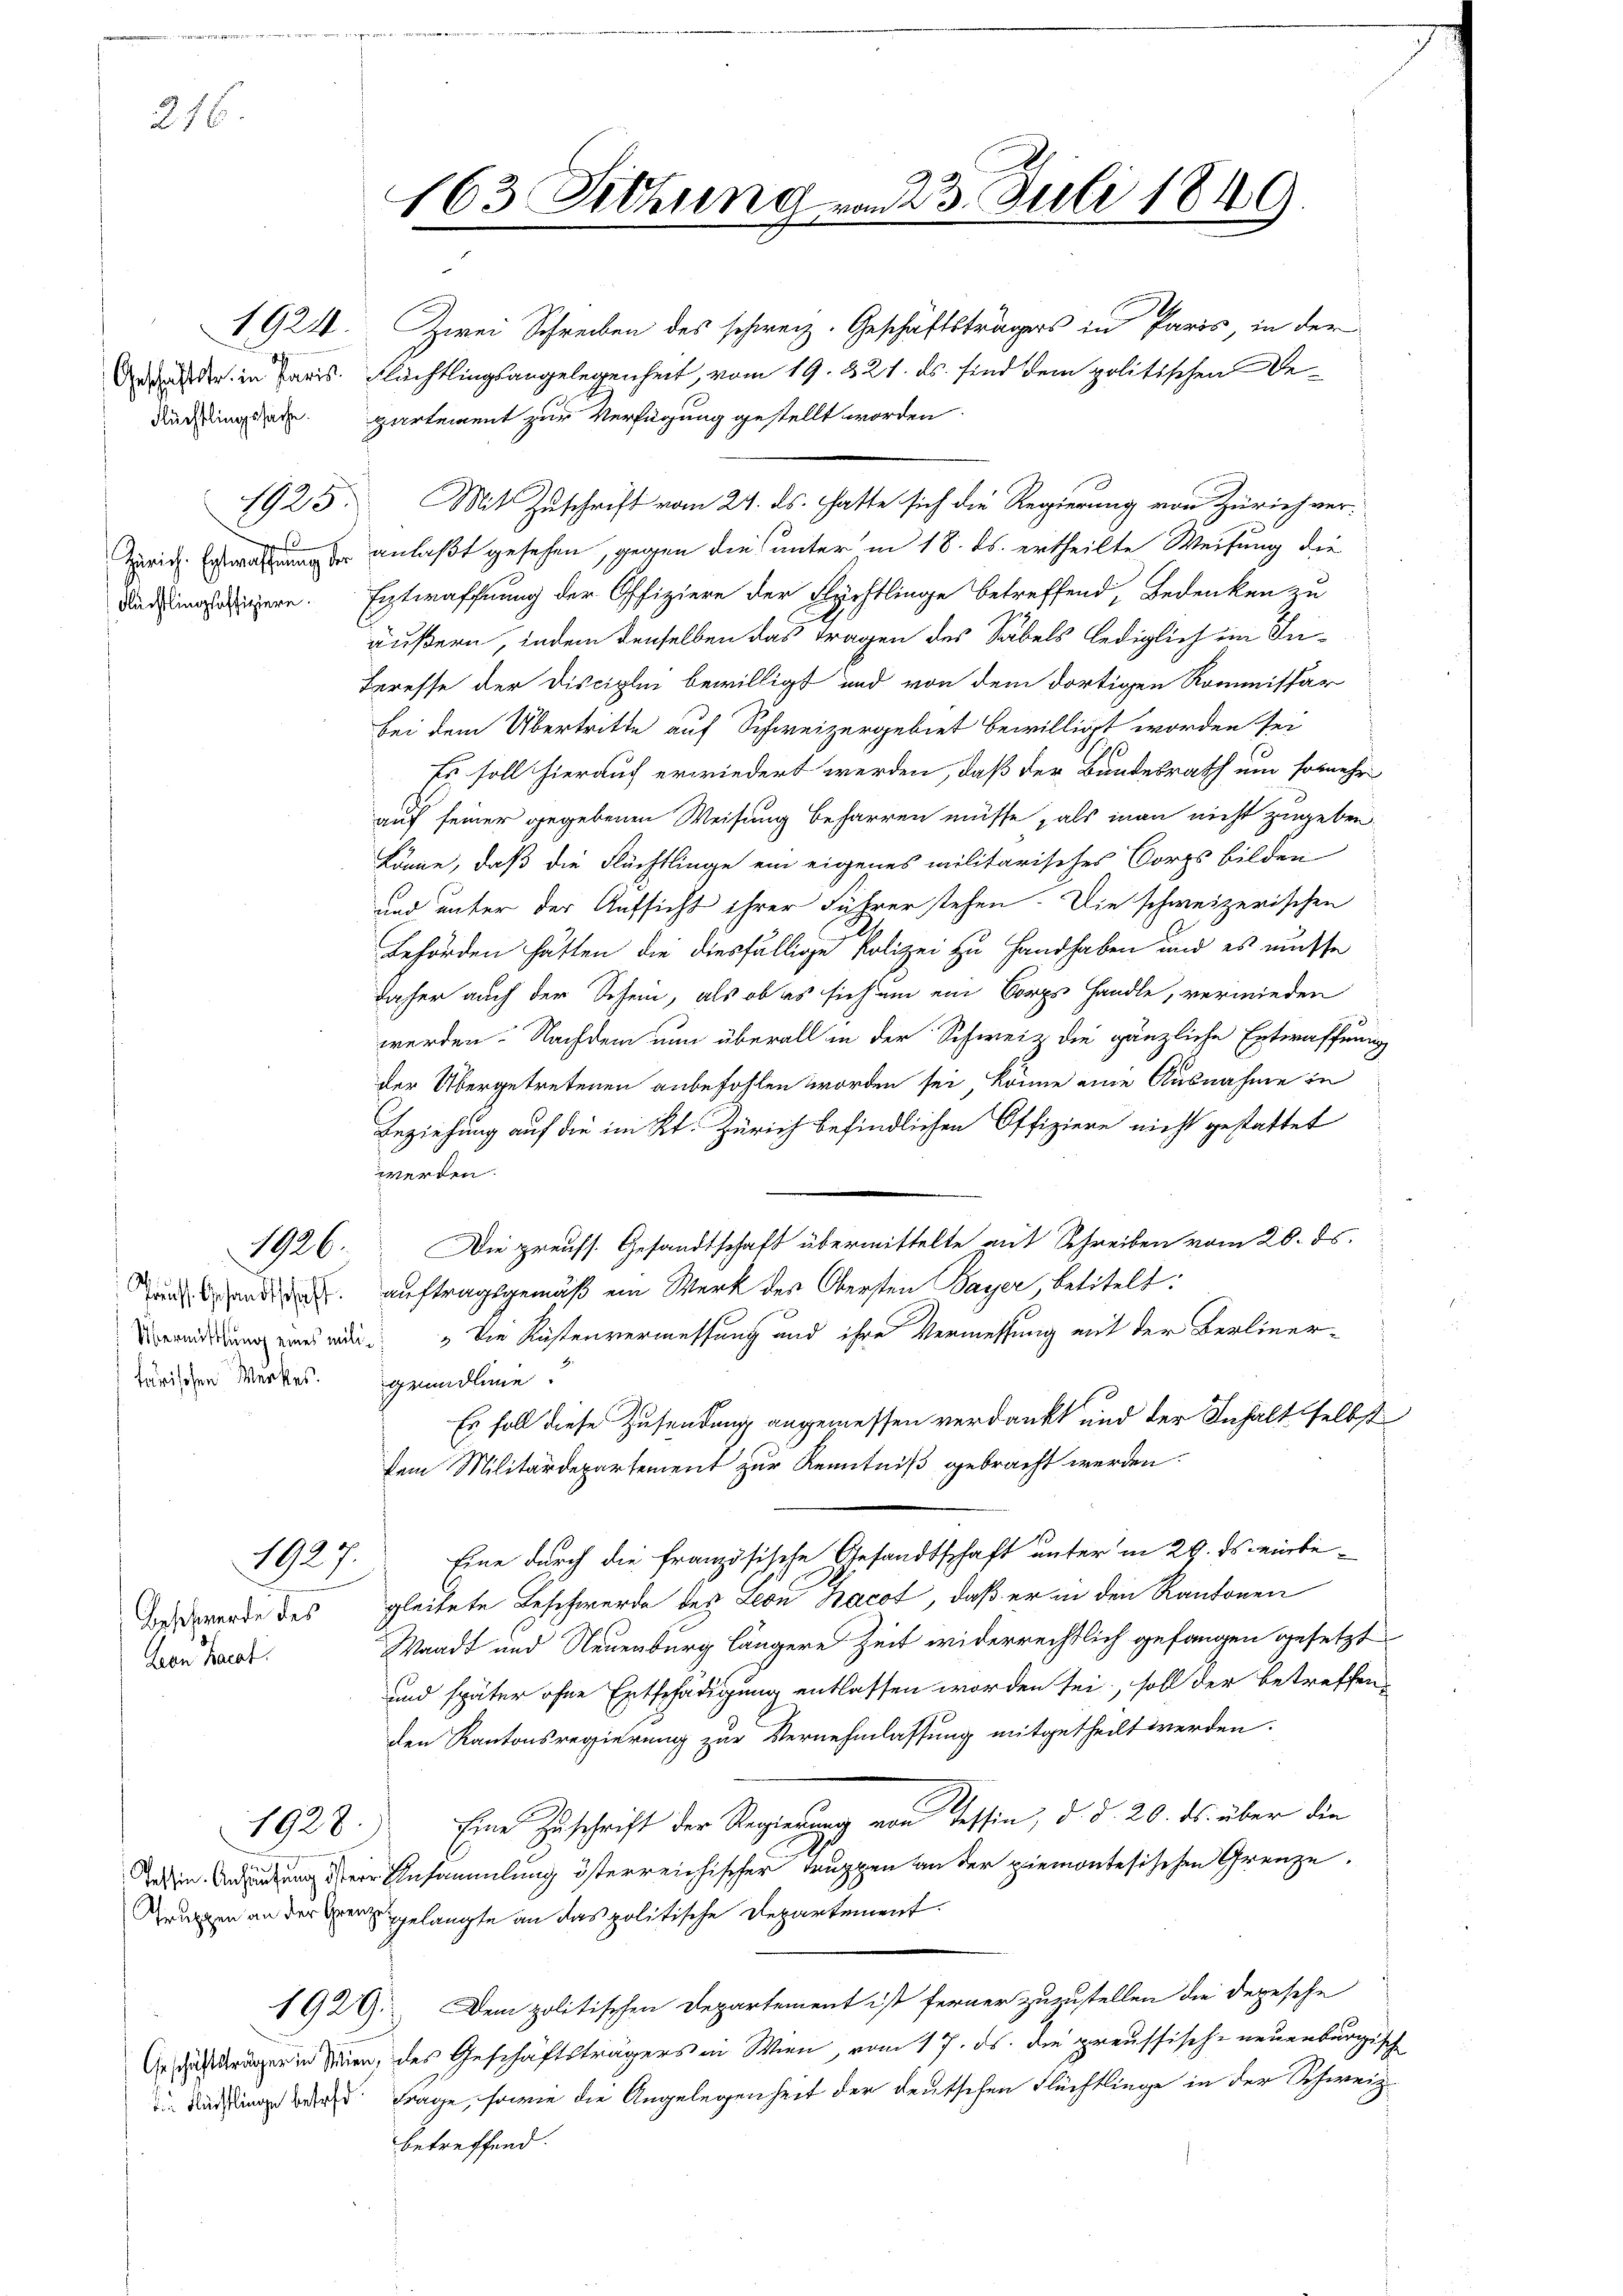
1

216.

Aare Fraat

19210. Zwei Schreiben des schweiz. Geschäftsträgers in Paris, in der
Werden der in Paris. Flüchtlingsangelegenheit, vom 19. 321. ds. sind dem politischen Be¬
Kächlingsrate partement zur Verfügung gestellt worden.
1925. Mit Zuschrift vom 24. ds. hatte sich die Regierung von Zürich ver¬
Zürich. Erwachtung der anlaßt gesehen, gegen die unter in 18. ds. ertheilte Weisung die
Dadiere. Entwaffnung der Offiziere der Flechtlinge betreffend, Bedenken zu
äußern, indem denselben das Fragen des Säbels lediglich im In¬
Teresse der Disciplin bewilligt und von dem dortigen Kommissär
bei dem Übertritte auf Schweizergebiet bewilligt worden sei
Es soll hierauf erwiedert werden, daß der Bundesrath um somehr
auf seiner gegebenen Weisung beharren müsse, als man nicht zugeben.
könne, daß die Flächtlinge ein eigenes militarisches Corps bilden
und unter der Aufsicht ihrer Führer stehen. Die schweizerischen
Behörden hätten die diesfällige Polizei zu Handhaben und es müsse
daher auch der Schein, als ob es sich um ein Corps handle, vermieden
werden. Nachdem nun überall in der Schweiz die gänzliche Entwaffnung
der Übergetretenen anbefohlen worden sei, könne eine Ausnahme in
Beziehung auf die im Kt. Zürich befindlichen Offiziere nicht gestattet
werden.
1926. Die preuss. Gesandtschaft übermittelte mit Schreiben vom 20. ds.
und. auftragsgemäß ein Werk des Obersten Payer, betitelt:
Brandung eines weder Die Küstenvermessung und ihre Vermessung mit der Berlinertärischen Werkes grundline.
Es soll diese Zusendung angemessen verdankt und der Inhalt selbst
dem Militärdepartement zur Kenntniß gebracht werden.
1927. Eine durch die französische Gesandtschaft unter in 29. ds. einbe¬
Boerde des gleitete Beschwerde des Leon Bacot, daß er in den Kantonen
Waadt und Neuenburg längere Zeit widerrechtlich gefangen gesetzt
und später ohne Entschädigung entlassen worden sei, soll der betreffen-
den Kantonsregierung zur Vernehmlassung mitgetheilt werden.
Eine Zuschrift der Regierung von Tessin, d. d. 20. ds. über die
1928.
oden Anderung der Ansammlung österreichischer Truppen an der piemontesischen Grenze.
Krungen an der Grenz gelangte an das politische Departement.
1929. Dem politischen Departement ist ferner zuzustellen die Depesche
Or das dränger in Seien, des Geschäftsträgers in Wien, vom 17. ds. die preussische neuenburgische
 Küssung war Frage, sowie die Angelegenheit der deutschen Flüchtlinge in der Schweiz.
betreffend.

163 Sitzung vom 23. Juli 1849.
2